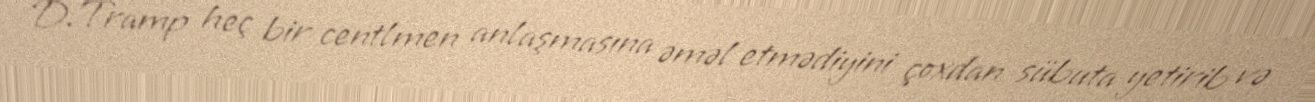
D.Tramp heç bir centlmen anlaşmasına əməl etmədiyini çoxdan sübuta yetirib və